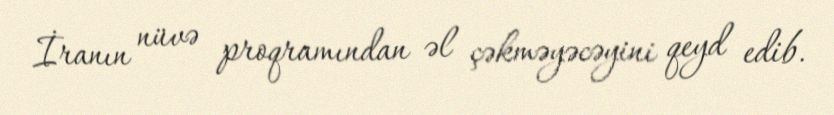
İranın nüvə proqramından əl çəkməyəcəyini qeyd edib.